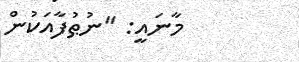
މާނައީ: "ނުޠުފާއަކުން